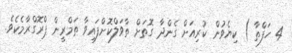
4 ހަފްތާ ) ކިޔެވުން ކުރިއަށް ގެންދާ ގޮތަށް ތާވަލްކޮށްފައިވާ ތަމްރީން ޕްރޮގްރާމެކެވެ.